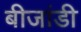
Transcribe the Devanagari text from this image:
बीजांडी